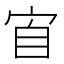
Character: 𭓫